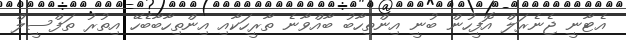
އެޓާނީ ޖެނެރަލް އޮފީހުން ބުނީ އިންތިހާބު ބާއްވާނެ ތާރީހަކާއި އިންތިހާބާބެހޭ އިތުރު ތަފްސީލް